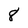
Character: 8